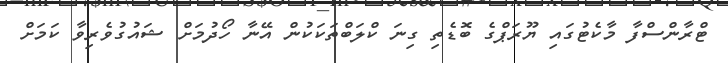
ޓްރާންސްފާ މާކެޓުގައި ޔޫރަޕްގެ ބޮޑެތި ގިނަ ކްލަބްތަކަކުން އޭނާ ހޯދުމަށް ޝައުގުވެރިވާ ކަމަށް